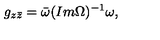
g _ { z \bar { z } } = \bar { \omega } ( I m \Omega ) ^ { - 1 } \omega ,